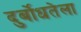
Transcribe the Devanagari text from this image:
दुर्बोधतेला